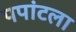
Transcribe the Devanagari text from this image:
पपांटला